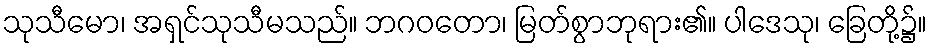
သုသီမော၊ အရှင်သုသီမသည်။ ဘဂဝတော၊ မြတ်စွာဘုရား၏။ ပါဒေသု၊ ခြေတို့၌။